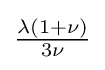
{\tfrac {\lambda (1+\nu )}{3\nu }}